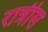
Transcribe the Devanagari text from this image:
रात्रीस